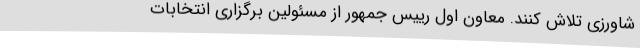
شاورزی تلاش کنند. معاون اول رییس جمهور از مسئولین برگزاری انتخابات